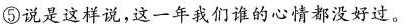
⑤说是这样说，这一年我们谁的心情都没好过。